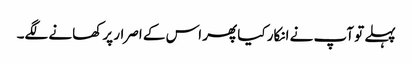
پہلے تو آپ نے انکار کیا پھر اس کے اصرار پر کھانے لگے۔